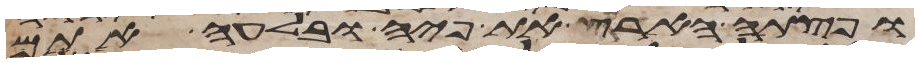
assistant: ופצתה האדמה את פיה ובלעה אתם